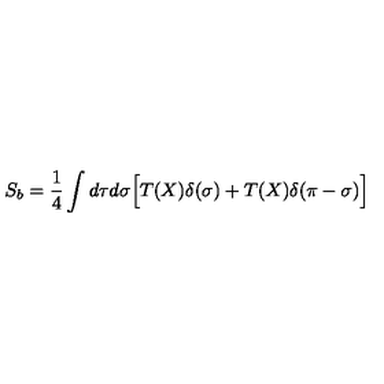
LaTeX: S _ { b } = \frac { 1 } { 4 } \int d \tau d \sigma \Bigl [ T ( X ) \delta ( \sigma ) + T ( X ) \delta ( \pi - \sigma ) \Bigr ] \quad